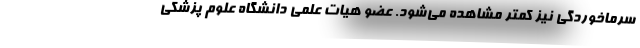
سرماخوردگی نیز کمتر مشاهده می‌شود. عضو هیات علمی دانشگاه علوم پزشکی